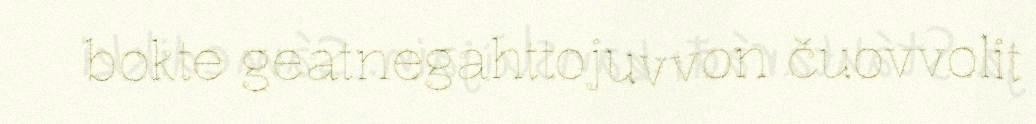
bokte geatnegahttojuvvon čuovvolit